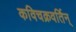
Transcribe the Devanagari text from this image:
कविचक्रवर्तिन्